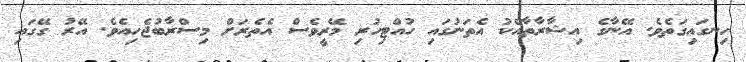
ހިނގައިގަތެވެ. އޭނާގެ އިޝާރާތާއެކު އެތަނުގައި ހުއްޓިހުރި މޭރީވެސް އެތެރަށް މިސްރާބުޖެހިއެވެ. އޭރު ގޭގައި